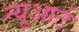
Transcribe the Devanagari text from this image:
न्यूआर्ट